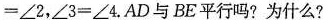
= ∠ 2$$，$$∠ 3 = ∠ 4$$.AD与BE平行吗?为什么?